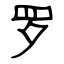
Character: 罗